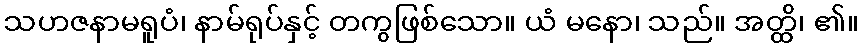
သဟဇနာမရူပံ၊ နာမ်ရုပ်နှင့် တကွဖြစ်သော။ ယံ မနော၊ သည်။ အတ္ထိ၊ ၏။